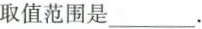
取值范围是___.